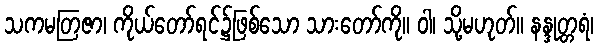
သကမတြဇာ၊ ကိုယ်တော်ရင်၌ဖြစ်သော သားတော်ကို။ ဝါ၊ သို့မဟုတ်။ နန္ဒုတ္တရံ၊